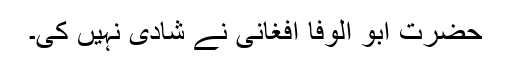
حضرت ابو الوفا افغانی نے شادی نہیں کی۔